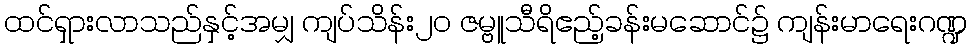
ထင်ရှားလာသည်နှင့်အမျှ ကျပ်သိန်း၂၀ ဇမ္ဗူသီရိဧည့်ခန်းမဆောင်၌ ကျန်းမာရေးဂဏ္ဍ